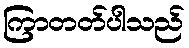
ကြာတတ်ပါသည်